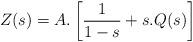
LaTeX: \begin{align*}Z(s)=A.\left[\frac{1}{1-s}+s.Q(s)\right]\end{align*}